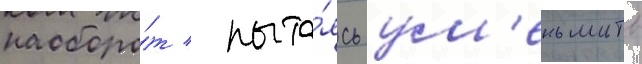
наоборо́т / пыта́ясь ум'еньшить